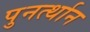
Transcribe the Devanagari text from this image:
पुनर्त्थान